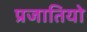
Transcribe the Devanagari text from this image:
प्रजातियो